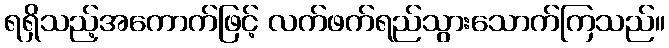
ရရှိသည့်အကောက်ဖြင့် လက်ဖက်ရည်သွားသောက်ကြသည်။